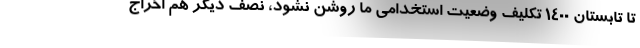
تا تابستان ۱۴۰۰ تکلیف وضعیت استخدامی ما روشن نشود، نصف دیگر هم اخراج